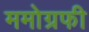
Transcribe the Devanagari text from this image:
ममोग्रफी